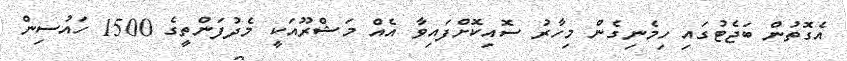
އެގޮތުން ބަޖެޓުގައި ހިމެނިގެން މިހާރު ސޮއިކޮށްފައިވާ އެއް މަޝްރޫއަކީ މެދުފަންތީގެ 1500 ހައުސިން